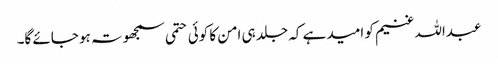
عبداللہ غنیم کو امید ہے کہ جلد ہی امن کا کوئی حتمی سمجھوتہ ہو جائے گا۔